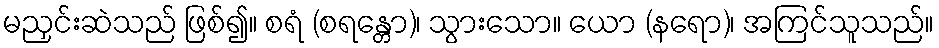
မညှင်းဆဲသည် ဖြစ်၍။ စရံ (စရန္တော)၊ သွားသော။ ယော (နရော)၊ အကြင်သူသည်။